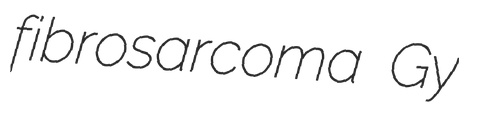
fibrosarcoma Gy